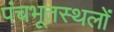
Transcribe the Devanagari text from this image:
पंचभूतस्थलों